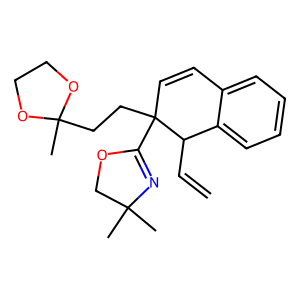
SMILES: C=CC1c2ccccc2C=CC1(CCC1(C)OCCO1)C1=NC(C)(C)CO1
Inhibits HIV replication: No